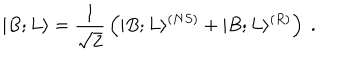
| B ; L \rangle = { \frac { 1 } { \sqrt { 2 } } } \left( | B ; L \rangle ^ { ( N S ) } + | B ; L \rangle ^ { ( R ) } \right) ~ .